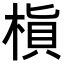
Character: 𬃜